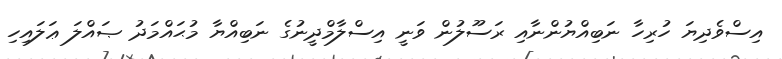
އިސްވެދިޔަ ހުރިހާ ނަބިއްޔުންނާއި ރަސޫލުން ވަނީ އިސްލާމްދީނުގެ ނަބިއްޔާ މުޙައްމަދު ޞައްލަ ޢަލައިހި